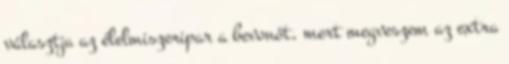
választja az élelmiszeripar a bevonót, mert megveszem az extra